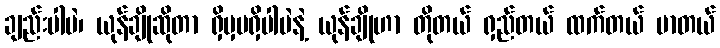
ချည်းပါပဲ၊ ယုန်ချိုဆိုတာ ရှိမှမရှိပါပဲနဲ့ ယုန်ချိုဟာ တိုတယ် ရှည်တယ် ထက်တယ် မာတယ်